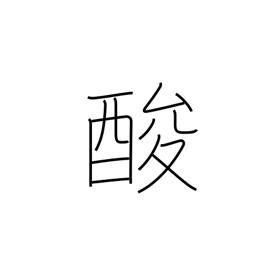
Meaning: tart